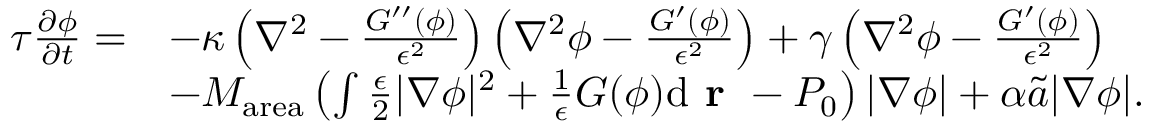
\begin{array} { r l } { \tau \frac { \partial \phi } { \partial t } = } & { - \kappa \left( \nabla ^ { 2 } - \frac { G ^ { \prime \prime } ( \phi ) } { \epsilon ^ { 2 } } \right) \left( \nabla ^ { 2 } \phi - \frac { G ^ { \prime } ( \phi ) } { \epsilon ^ { 2 } } \right) + \gamma \left( \nabla ^ { 2 } \phi - \frac { G ^ { \prime } ( \phi ) } { \epsilon ^ { 2 } } \right) } \\ & { - M _ { \mathrm { a r e a } } \left( \int \frac { \epsilon } { 2 } | \nabla \phi | ^ { 2 } + \frac { 1 } { \epsilon } G ( \phi ) \mathrm { d } \textbf { r } - P _ { 0 } \right) | \nabla \phi | + \alpha \tilde { a } | \nabla \phi | . } \end{array}